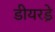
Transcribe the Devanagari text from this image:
डीयरड्रे